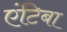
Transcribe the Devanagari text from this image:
एंटिबा